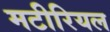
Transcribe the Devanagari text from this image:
मटीरियल